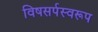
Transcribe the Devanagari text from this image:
विषसर्पस्वरूप